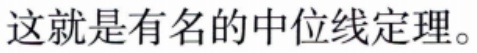
这就是有名的中位线定理。